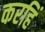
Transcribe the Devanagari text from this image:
करहिं